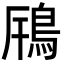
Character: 𩿫